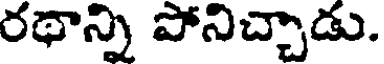
రథాన్ని పోనిచ్చాడు.